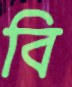
বি